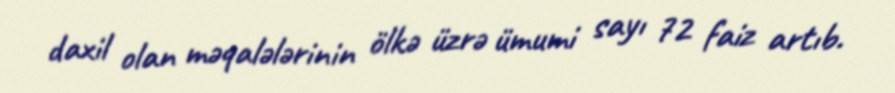
daxil olan məqalələrinin ölkə üzrə ümumi sayı 72 faiz artıb.